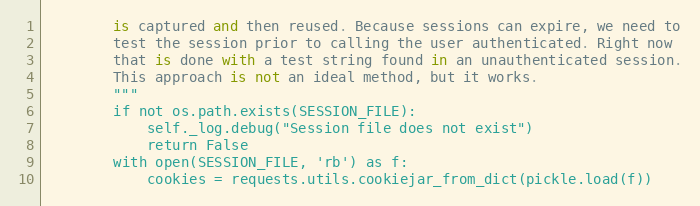
Language: Python
        is captured and then reused. Because sessions can expire, we need to
        test the session prior to calling the user authenticated. Right now
        that is done with a test string found in an unauthenticated session.
        This approach is not an ideal method, but it works.
        """
        if not os.path.exists(SESSION_FILE):
            self._log.debug("Session file does not exist")
            return False
        with open(SESSION_FILE, 'rb') as f:
            cookies = requests.utils.cookiejar_from_dict(pickle.load(f))